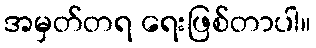
အမှတ်တရ ရေးဖြစ်တာပါ။